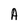
Character: A